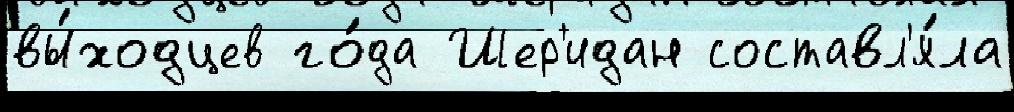
вы́ходцев го́да Шер'идан составл'я́ла